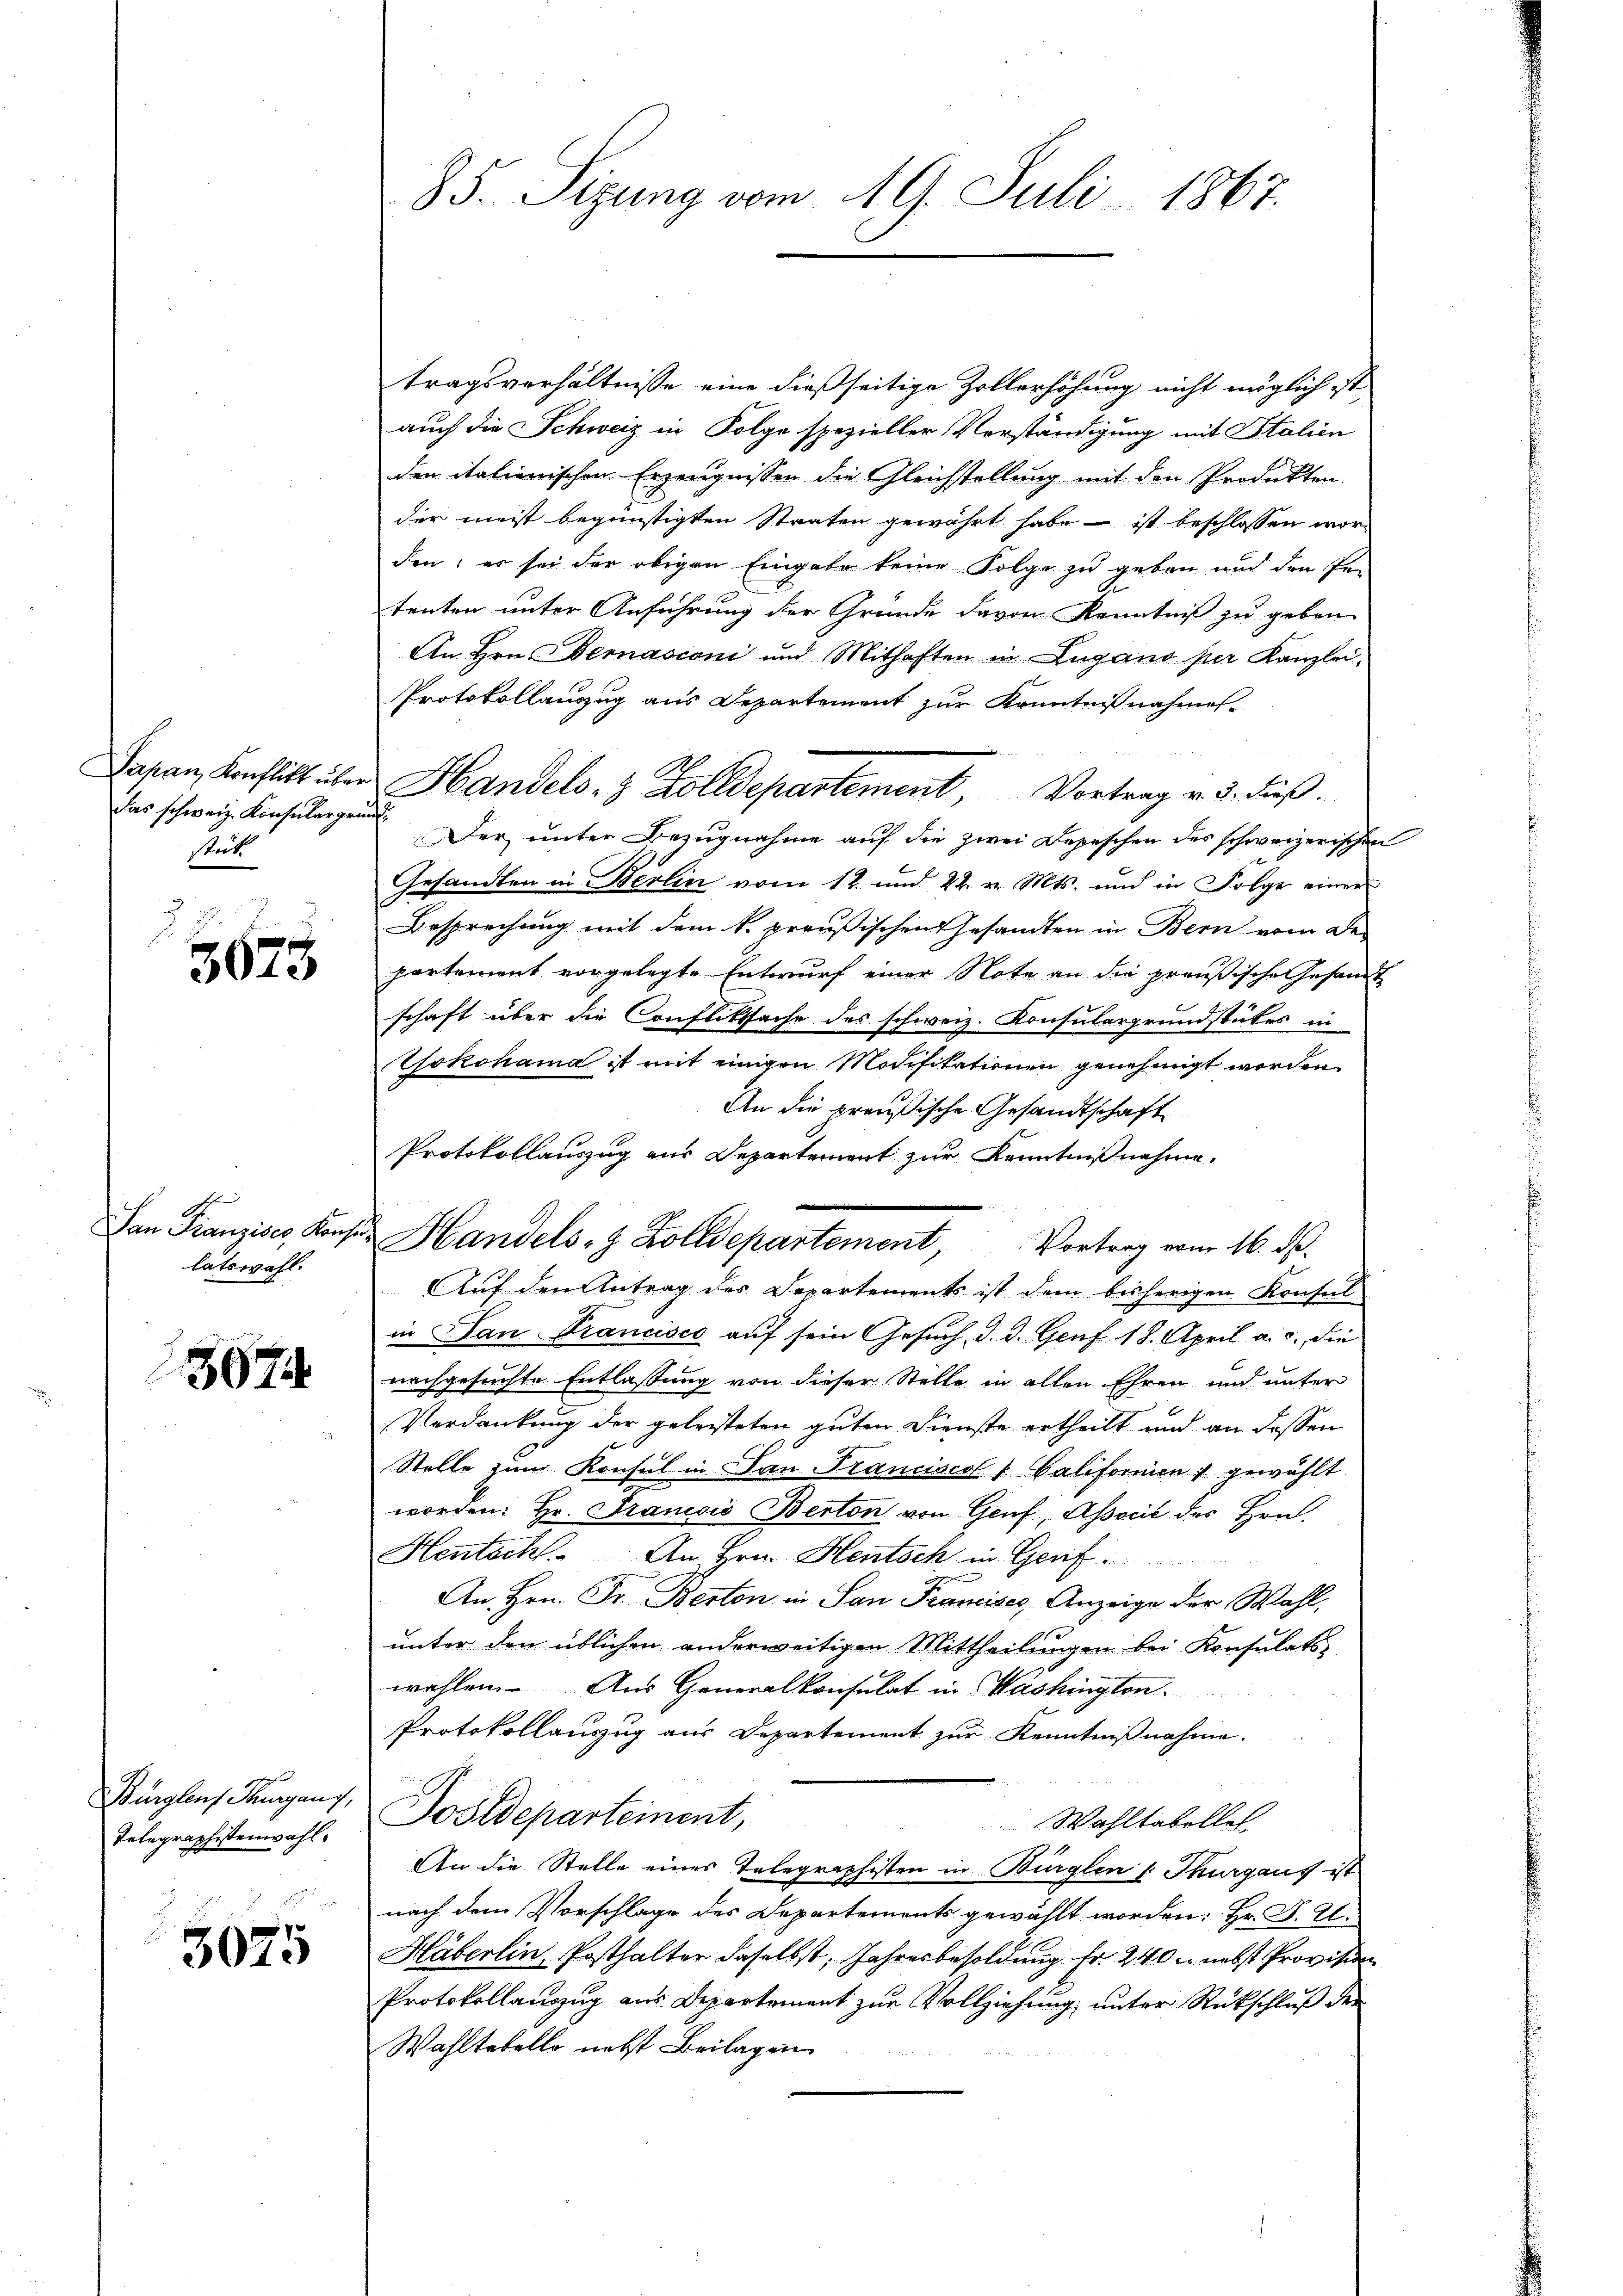
das schweiz. Konsular grund,
stickt

3675

San Franzises, Konse
latswahl.

3074

Bürglens Thurgaus,
Telegraphestenwahl.

3025

85. Sizung vom 19. Juli 1867.

tragsverhältnisse eine dießseitige Zollerhöhung nicht möglich ist,
auch die Schweiz in Folge spezieller Verständigung mit Italien
den italienischen Erzeugnissen die Gleichstellung mit den Produkten.
der meist begünstigten Staaten gewährt habe - ist beschlossen wor-
den; es sei der obigen Eingabe keine Folge zu geben und den Petenten unter Anführung der Gründe davon Kenntniß zu geben
An Hrn. Bernasconi und Mithaften in Zugano per Kanzlei-
Protokollauszug aus Departement zur Kenntnißnahmes.
Japan, Konflikt über Handels- & Zolldepartement, Vortrag v. 3. dieß.
Der unter Bezugnahme auf die zwei Depeschen des schweizerischen
Gesandten in Berlin vom 12. und 22. v. Mts. und in Folge einer
Besprechung mit dem k. preußischen Gesandten in Bern vom De-
partement vorgelegte Entwurf einer Note an die preußische Gesandt
schaft über die Confliktsache des schweiz. Konsulargrundstückes in
Yokohama ist mit einigen Modifikationen genehmigt werden.
An die preußische Gesandtschaft
Protokollauszug aus Departement zur Kenntnißnahme.
u. Handels- & Zolldepartement,
Vortrag vom 16. d.
Auf den Antrag des Departements ist dem bisherigen Konsul-
in Dan Francisco auf sein Gesuch, d. d. Genf 18. April a. c. die
nachgesuchte Entlassung von dieser Stelle in allen Ehren und unter
Verdankung der geleisteten guten Dienste ertheilt und an dessen
Stelle zum Konsul in San Francises Galifornien gewählt
worden: Hr. Francis Berton von Genf, Associé des Hrn.
Hentsch. An Hrn. Hentsch in Genf.
An Hrn. Fr. Berton in San Francises, Anzeige der Wahl,
unter den üblichen anderweitigen Mittheilungen bei Konsulats
wahlen. Aus Generalkonsulat in Washington.
Protokollauszug aus Departement zur Kenntnißnahme.
Postdeparteinent,
Wahltabellet
An die Stelle eines Telegraphisten in Bürglen /: Thurgaus ist
nach dem Vorschlage des Departements gewählt worden: Hr. P. C.
Häberlin, Posthalter daselbst, Jahresbesoldung fr. 240 n nebst Provision
Protokollanzug aus Departement zur Vollziehung, unter Rückschluß der
Wahltabelle nebst Beilagen